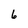
Character: 6